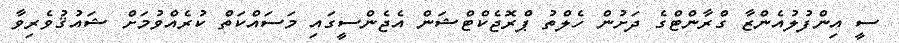
ސީ އިންފުލުއެންޒާ ގްރާންޓްގެ ދަށުން ހެލްތު ޕްރޮޖެކްޓްޝަން އެޖެންސީގައި މަސައްކަތް ކުރެއްވުމަށް ޝައުޤުވެރިވާ